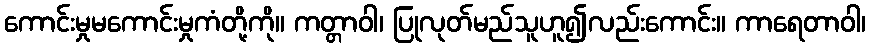
ကောင်းမှုမကောင်းမှုကံတို့ကို။ ကတ္တာဝါ၊ ပြုလုတ်မည်သူဟူ၍လည်းကောင်း။ ကာရေတာဝါ၊